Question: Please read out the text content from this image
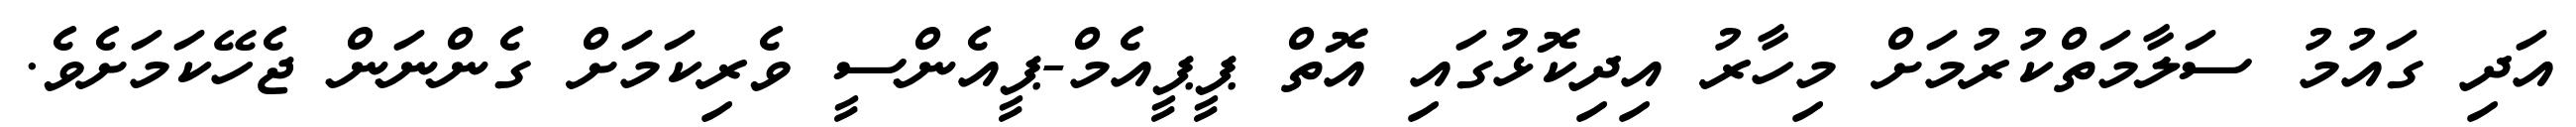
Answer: އަދި ގައުމު ސަލާމަތްކުރުމަށް މިހާރު އިދިކޮޅުގައި އޮތް ޕީޕީއެމް-ޕީއެންސީ ވެރިކަމަށް ގެންނަން ޖެހޭކަމަށެވެ.